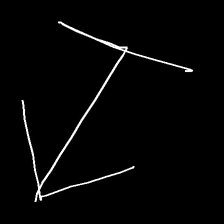
Glyph: levitation